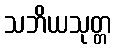
သဘိယသုတ္တ